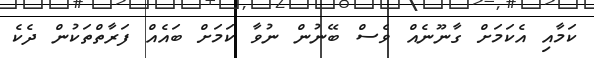
ކަމާއި އެކަމަށް ގާނޫނެއް ވެސް ބޭނުން ނުވާ ކަމަށް ބައެއް ފަރާތްތަކުން ދެކެ